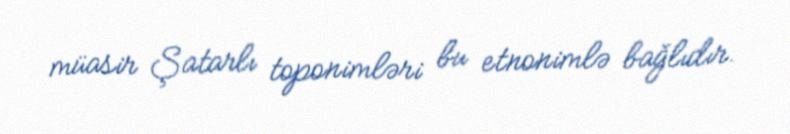
müasir Şatarlı toponimləri bu etnonimlə bağlıdır.